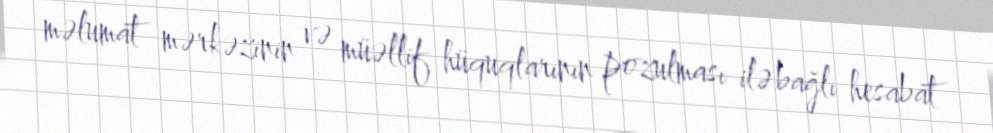
məlumat mərkəzinin və müəllif hüquqlarının pozulması ilə bağlı hesabat